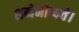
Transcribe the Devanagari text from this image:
शब्देनोच्यते।